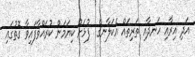
އަދި އިރާއި ހަނދާއި ތަރިތައް އެކަލާނގެ  ފުޅަށް ކިޔަމަން ކުރައްވާފައިވާ ގޮތުގައި